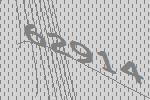
62914